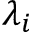
\lambda _ { i }